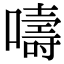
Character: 嚋